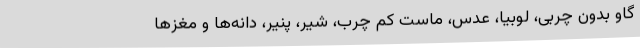
گاو بدون چربی، لوبیا، عدس، ماست کم چرب، شیر، پنیر، دانه‌ها و مغزها